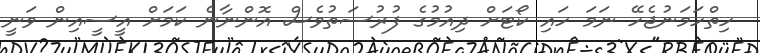
ހިތްހަމަނުޖެހޭ ނަމަ ހައި ކޯޓަށް ދިއުމުގެ ފުރުސަތުވެސް އޮންނާނެ ކަމަށް އީސީއިން ވަނީ